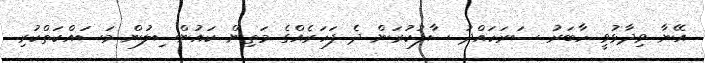
އޭނާ ވިދާޅުވީ ހާބަރު ސަރަހައްދު ސާފުކުރަން ދެ ފަހަރެއްގެ މަތިން ކައުންސިލުން މަސައްކަތްކުރި